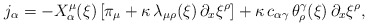
\begin{align*}j_\alpha = - X_\alpha^\mu(\xi) \, [\pi_\mu + \kappa \,\lambda_{\mu \rho}(\xi) \, \partial_x \xi^\rho] + \kappa \, c_{\alpha\gamma} \, \theta^\gamma_\rho (\xi) \, \partial_x \xi^\rho,\end{align*}